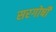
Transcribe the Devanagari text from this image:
सरगोषी